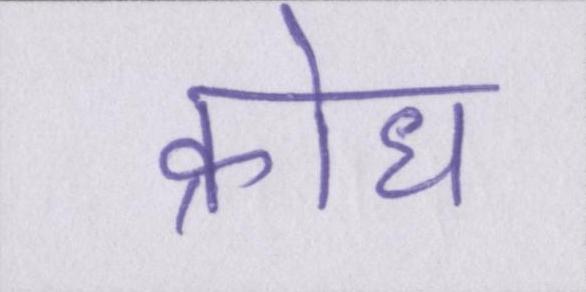
क्रोध